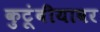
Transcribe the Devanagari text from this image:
कुटूंबीयावर